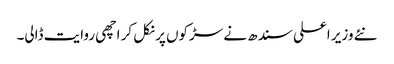
نئے وزیر اعلی سندھ نے سڑکوں پر نکل کر اچھی روایت ڈالی۔